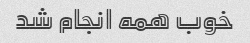
خوب همه انجام شد